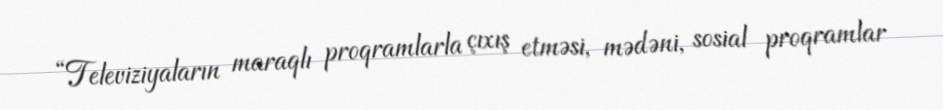
“Televiziyaların maraqlı proqramlarla çıxış etməsi, mədəni, sosial proqramlar